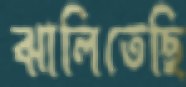
ঝালিতেছি